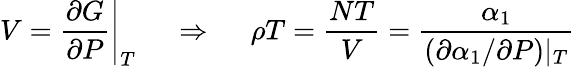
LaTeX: V=\left.\frac{\partial G}{\partial P}\right|_{T}\ \ \ \ \ \Rightarrow\ \ \ \ \ \rho T=\frac{NT}{V}=\frac{\alpha_{1}}{(\partial\alpha_{1}/\partial P)|_{T}}